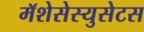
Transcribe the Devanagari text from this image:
मॅशेसेस्युसेटस